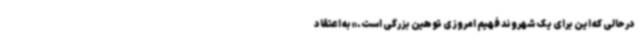
درحالی که این برای یک شهروند فهیم امروزی توهین بزرگی است.» به اعتقاد